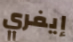
إيفري